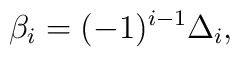
\beta_i = (-1)^{i-1} \Delta_{i},